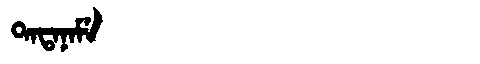
Manchu: ᡨᠠᡨᠠᠨᠠᠮᡝ
Romanization: TATANAME